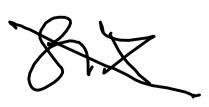
Text: six
Cross-out: diagonal
Writing tool: digital_black